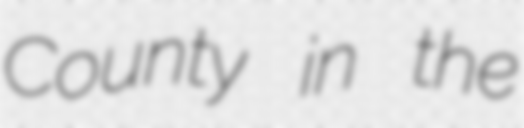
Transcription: County in the